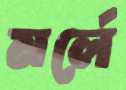
মর্লে